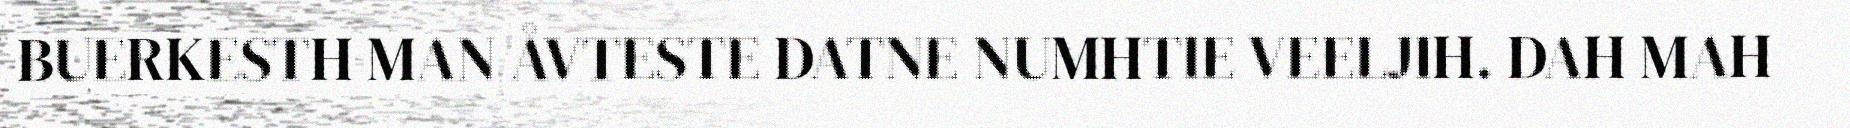
BUERKESTH MAN ÅVTESTE DATNE NUMHTIE VEELJIH. DAH MAH